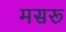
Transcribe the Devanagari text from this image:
मसरू